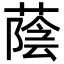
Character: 蔭